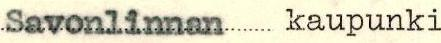
Savonlinnan kaupunki